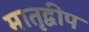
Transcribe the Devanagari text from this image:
मातृद्वीप